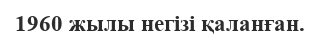
1960 жылы негізі қаланған.